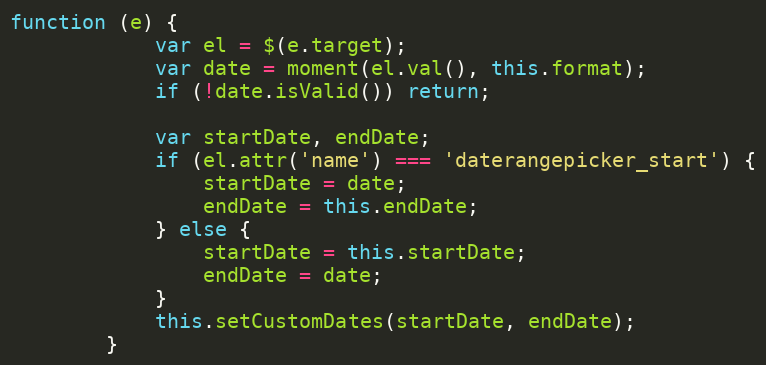
Language: JavaScript
function (e) {
            var el = $(e.target);
            var date = moment(el.val(), this.format);
            if (!date.isValid()) return;

            var startDate, endDate;
            if (el.attr('name') === 'daterangepicker_start') {
                startDate = date;
                endDate = this.endDate;
            } else {
                startDate = this.startDate;
                endDate = date;
            }
            this.setCustomDates(startDate, endDate);
        }